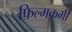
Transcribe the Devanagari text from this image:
फिल्मकर्मी